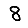
Digit: 8